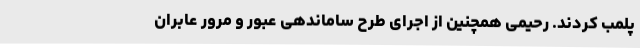
پلمب کردند. رحیمی همچنین از اجرای طرح ساماندهی عبور و مرور عابران